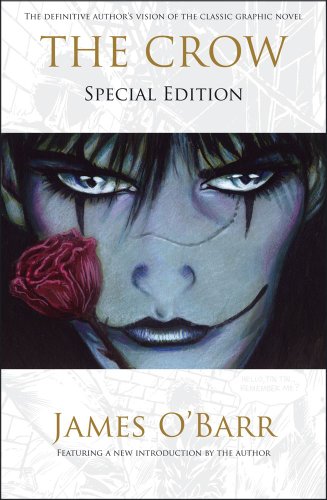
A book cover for The Crow: Special Edition; J. O'Barr; Comics & Graphic Novels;